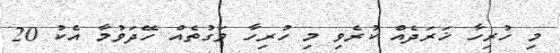
މި ހުރިހާ ޚަރަދެއް ކުރެވި މި ހުރިހާ ވަގުތެއް ހޭދަވުމާ އެކު 20